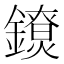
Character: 𨭼